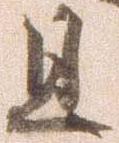
且